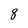
Character: 8